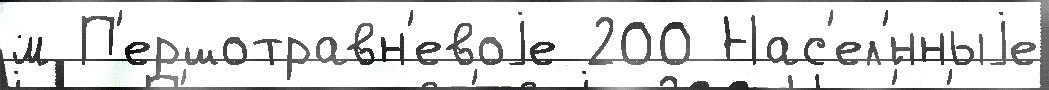
м П'ершотравн'евоjе 200 Нас'ел'́нныjе